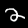
Label: 2